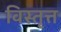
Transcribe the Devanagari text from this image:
विस्तृत्त